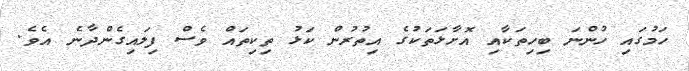
ހަމުގައި ހުންނަ ބިހިތަކާއި އޮށާޅަތަކުގެ އިތުރުން ކަޅު ތިކިތައް ވެސް ފިލައިގެންދާނެ އެވެ.